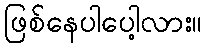
ဖြစ်နေပါပေါ့လား။